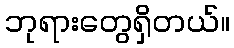
ဘုရားတွေရှိတယ်။